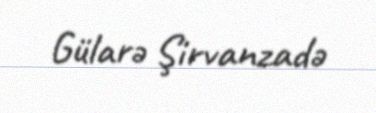
Gülarə Şirvanzadə